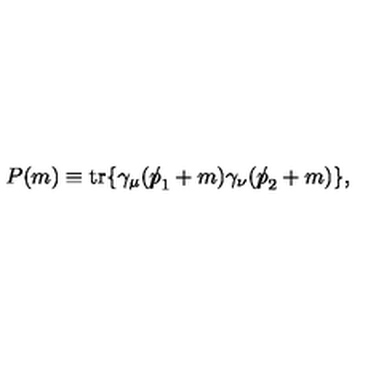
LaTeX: P ( m ) \equiv \mathrm { t r } \{ \gamma _ { \mu } ( { p \! \! \! \slash } _ { 1 } + m ) \gamma _ { \nu } ( { p \! \! \! \slash } _ { 2 } + m ) \} ,